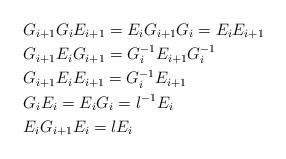
LaTeX: \begin{align*}&G_{i+1} G_i E_{i+1}= E_i G_{i+1} G_i=E_i E_{i+1} \\&G_{i+1}E_i G_{i+1}=G_i^{-1}E_{i+1}G_i^{-1} \\&G_{i+1}E_i E_{i+1}=G_i^{-1}E_{i+1} \\&G_i E_i = E_i G_i = l^{-1}E_i \\&E_i G_{i+1} E_i = l E_i\end{align*}